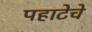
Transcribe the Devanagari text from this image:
पहाटेचे